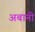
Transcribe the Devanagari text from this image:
अबानी